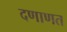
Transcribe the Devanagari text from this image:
दणाणत